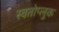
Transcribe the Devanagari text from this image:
स्वतोप्लुक